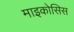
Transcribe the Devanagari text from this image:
माइकोसिस